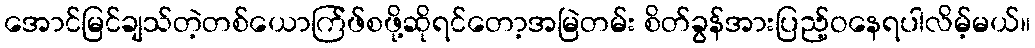
အောင်မြင်ချသ်တဲ့တစ်ယောက်ြဖ်စဖို့ဆိုရင်တော့အမြဲတမ်း စိတ်ခွန်အားပြည့်ဝနေရပါလိမ့်မယ်။